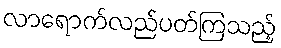
လာရောက်လည်ပတ်ကြသည့်